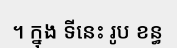
។ ក្នុង ទីនេះ រូប ខន្ធ